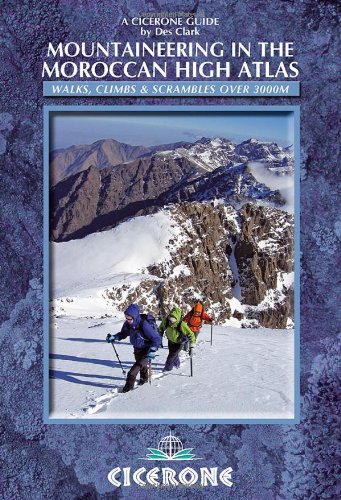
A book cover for Mountaineering in the Moroccan High Atlas (Cicerone Guides); Des Clark; Travel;